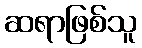
ဆရာဖြစ်သူ